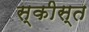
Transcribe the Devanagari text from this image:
स्कीस्त